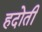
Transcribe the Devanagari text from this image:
हदोती